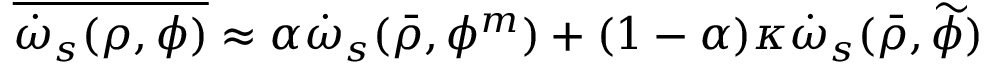
\overline { { \dot { \omega } _ { s } ( \rho , \phi ) } } \approx \alpha \dot { \omega } _ { s } ( \bar { \rho } , \phi ^ { m } ) + ( 1 - \alpha ) \kappa \dot { \omega } _ { s } ( \bar { \rho } , \widetilde { \phi } )